Leaving Certificate Examination, 1916
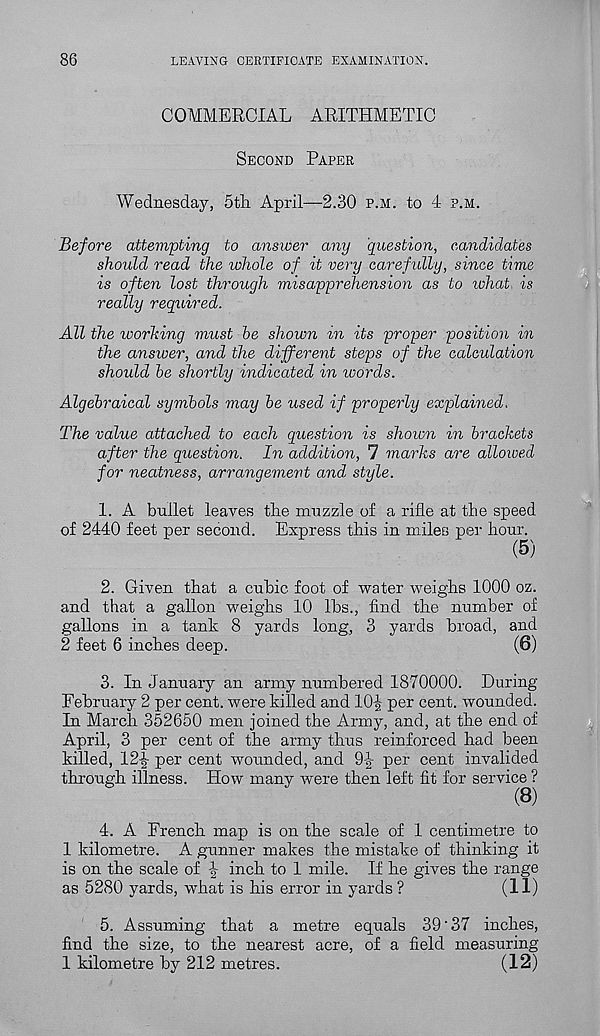
86
LEAVING CERTIFICATE EXAMINATION.
COMMERCIAL ARITHMETIC
Second Paper
Wednesday, 5tli April—2.30 p.m. to 4 ?.m.
Before attempting to answer any question, candidates
should read the whole of it very carefully, since time
is often lost through misapprehension as to ivhat is
really required.
All the working must be shown in its proper position in
the answer, and the different steps of the calculation
should be shortly indicated in words.
Algebraical symbols may be used if properly explained.
The value attached to each question is shown in brackets
after the question. In addition, 7 marks are allowed
for neatness, arrangement and. style.
1. A bullet leaves the muzzle of a rifle at the speed
of 2440 feet per second. Express this in miles per hour.
(5)
2. Given that a cubic foot of water weighs 1000 oz.
and that a gallon weighs 10 lbs., find the number of
gallons in a tank 8 yards long, 3 yards broad, and
2 feet 6 inches deep.
(6)
3. In January an army numbered 1870000. During
February 2 per cent, were killed and 10-g per cent, wounded.
In March 352650 men joined the Army, and, at the end of
April, 3 per cent of the army thus reinforced had been
killed, 12^- per cent wounded, and 9-|- per cent invalided
through illness. How many were then left fit for service ?
4. A French map is on the scale of 1 centimetre to
1 kilometre. A gunner makes the mistake of thinking it
is on the scale of
inch to 1 mile. If he gives the range
as 5280 yards, what is his error in yards ?
(II)
5. Assuming that a metre equals 39‘37 inches,
find the size, to the nearest acre, of a field measuring
1 kilometre by 212 metres.
(12)